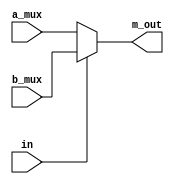
`timescale 1ns / 1ps
module MUX_1(
    input [31:0] a_mux,
    input [31:0] b_mux,
    input in,
    output [31:0] m_out
);
assign m_out = in ? b_mux : a_mux ;
endmodule